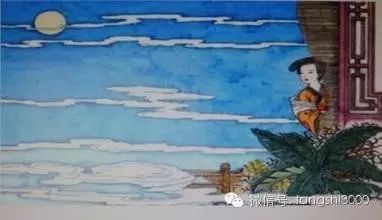
雁声远过潇湘去，十二楼中月自明。